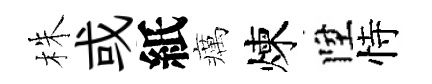
株或紙癘煉陞恃